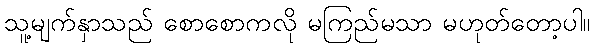
သူ့မျက်နှာသည် စောစောကလို မကြည်မသာ မဟုတ်တော့ပါ။